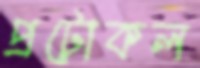
প্রটোকল